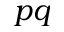
p q